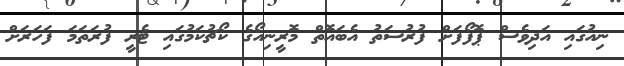
ނިއުގައި އަދިވެސް ޕޮފޯފަށް ފުރުސަތު އެބައޮތް މޮރީނިއޯގެ ކޯޗުކަމުގައި ޓެރީ ފުރަތަމަ ފަހަރަށް